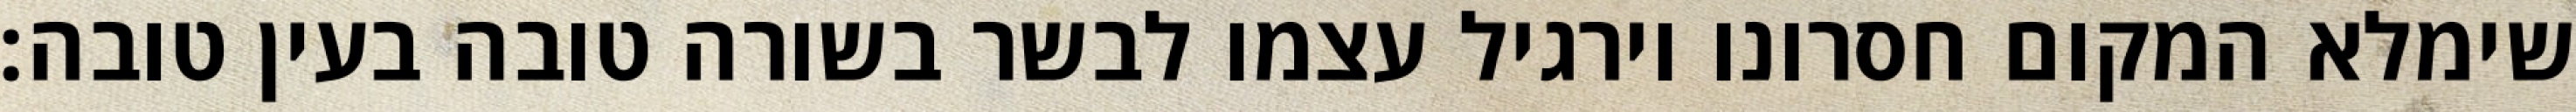
שימלא המקום חסרונו וירגיל עצמו לבשר בשורה טובה בעין טובה: